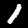
Digit: 1